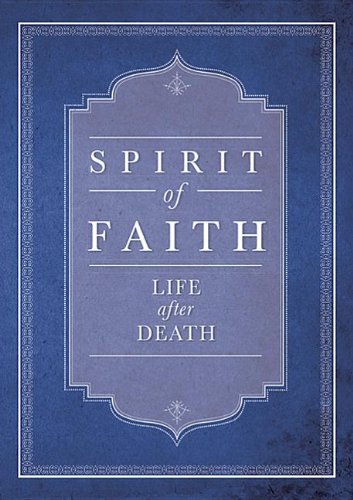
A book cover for Spirit of Faith: Life After Death; Religion & Spirituality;